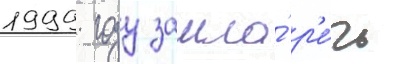
1999 году зашла́ р'е́чь